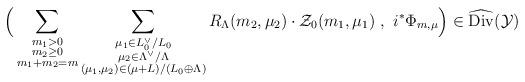
LaTeX: \begin{align*}\Big(\sum_{\substack{ m_1>0 \\ m_2\geq 0 \\ m_1+m_2=m }}\sum_{\substack{ \mu_1\in L_0^\vee/L_0 \\ \mu_2\in \Lambda^\vee/\Lambda\\ (\mu_1,\mu_2) \in (\mu + L)/(L_0 \oplus \Lambda) }} R_\Lambda(m_2,\mu_2) \cdot \mathcal{Z}_0(m_1 , \mu_1 ) \ , \ i^* \Phi_{m,\mu} \Big) \in \widehat{\mathrm{Div}}(\mathcal{Y})\end{align*}